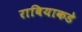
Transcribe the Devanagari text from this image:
राबियाकडे